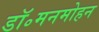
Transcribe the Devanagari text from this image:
डॉ॰मनमोहन